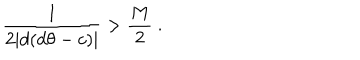
LaTeX: \frac { 1 } { 2 | d ( d \theta - c ) | } > \frac { M } { 2 } \ .